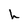
Character: h